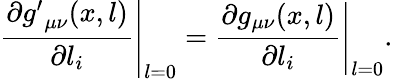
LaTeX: \left.\frac{\partial{g^{\prime}}_{\mu\nu}(x,l)}{\partial l_{i}}\right|_{l=0}=\left.\frac{\partial g_{\mu\nu}(x,l)}{\partial l_{i}}\right|_{l=0}.